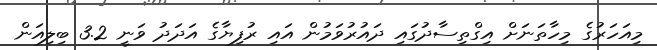
މިއަހަރުގެ މިހާތަނަށް އިގްތިސާދުގައި ދައުރުވަމުން އައި ރުފިޔާގެ އަދަދު ވަނީ 3.2 ބިލިއަން